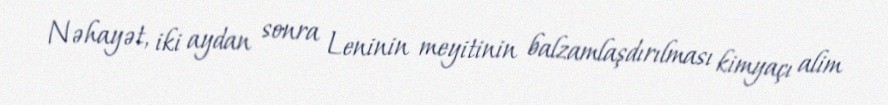
Nəhayət, iki aydan sonra Leninin meyitinin balzamlaşdırılması kimyaçı alim